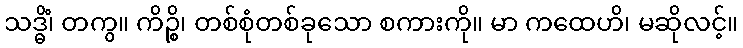
သဒ္ဓိံ၊ တကွ။ ကိဉ္စိ၊ တစ်စုံတစ်ခုသော စကားကို။ မာ ကထေဟိ၊ မဆိုလင့်။